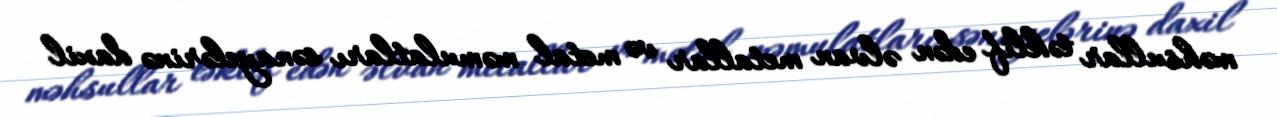
məhsullar təklif edən əlvan metallar və metal məmulatları sənayelərinə daxil